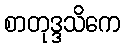
စာတုဒ္ဒသိကေ